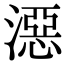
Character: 𣽏